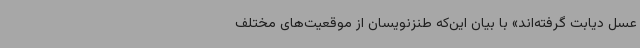
عسل دیابت گرفته‌اند» با بیان این‌که طنزنویسان از موقعیت‌های مختلف